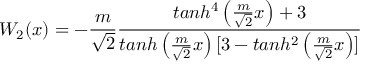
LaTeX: W _ { 2 } ( x ) = - \frac { m } { \sqrt 2 } \frac { t a n h ^ { 4 } \left( \frac { m } { \sqrt 2 } x \right) + 3 } { t a n h \left( \frac { m } { \sqrt 2 } x \right) [ 3 - t a n h ^ { 2 } \left( \frac { m } { \sqrt 2 } x \right) ] }